Vaccination United Provinces of Agra and Oudh 1914-1922 - 1914-1922
Year: 1914
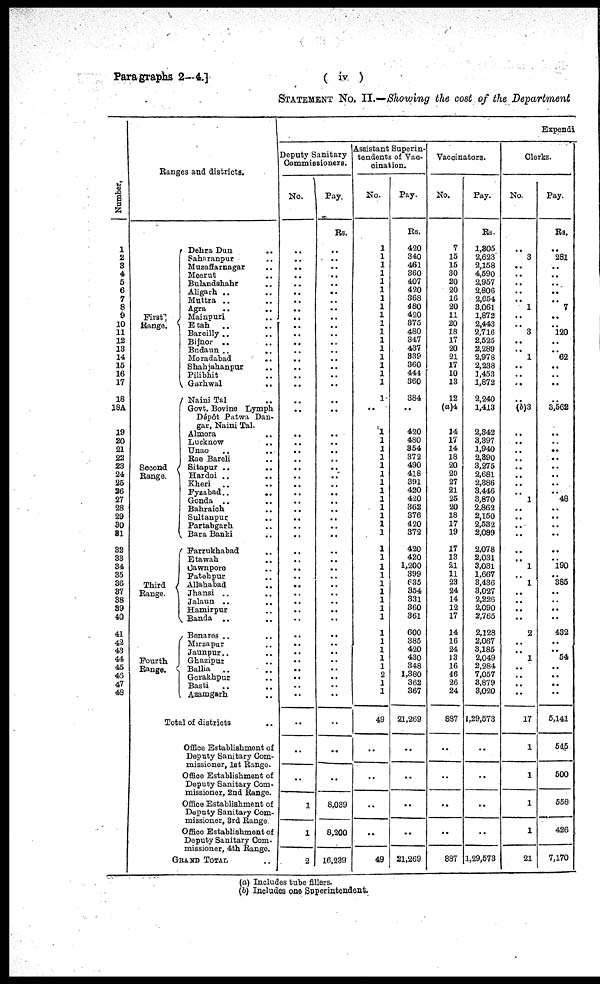
Paragraphs 2—4.]
( iv )
STATEMENT No. II.—Showing the cost of the Department
Number.
1
2
3
4
5
6
7
8
9
10
11
12
13
14
15
16
17
18
18A
19
20
21
22
23
24
25
26
27
28
29
30
31
32
33
34
35
36
37
38
39
40
41
42
43
44
45
45
47
48
Ranges and districts.
First
Range.
Second
Range.
Third
Range.
Fourth
Range.
Dehra Dun ..
Saharanpur ..
Muzaffarnagar ..
Meerut ..
Bulandshahr ..
Aligarh .. ..
Muttra .. ..
Agra
..
..
Mainpuri ..
Etah .. ..
Bareilly .. ..
Bijnor .. ..
Budaun .. ..
Moradabad
..
Shahjahanpur ..
Pilibhit ..
Garhwal ..
Naini Tal ..
Govt. Bovine Lymph
Dépôt Patwa Dan-
gar, Naini Tal.
Almora ..
Lucknow ..
Unao .. ..
Rae Bareli ..
Sitapur .. ..
Hardoi .. ..
Kheri
..
..
Fyzabad .. ..
Gonda .. ..
Bahraich .. ..
Sultanpur .. ..
Partabgarh .. ..
Bara Banki ..
Farrukhabad ..
Etawah ..
Cawnpore ..
Fatehpur ..
Allahabad ..
Jhansi .. ..
Jalaun .. ..
Hamirpur ..
Banda .. ..
Benares
..
..
Mirzapur .. ..
Jaunpur .. ..
Ghazipur .. ..
Ballia
..
..
Gorakhpur ..
Basti .. ..
Azamgarh .. ..
Total of districts ..
Office Establishment of
Deputy Sanitary Com-
missioner, 1st Range.
Office Establishment of
Deputy Sanitary Com-
missioner, 2nd Range.
Office Establishment of
Deputy Sanitary Com-
missioner, 3rd Range
Office Establishment of
Deputy Sanitary Com-
missioner, 4th Range.
GRAND TOTAL ..
Expendi
Deputy Sanitary
Commissioners.
No.
..
..
..
..
..
..
..
..
..
..
..
..
..
..
..
..
..
..
..
..
..
..
..
..
..
..
..
..
..
..
..
..
..
..
..
..
..
..
..
..
..
..
..
..
..
..
..
..
..
..
..
..
1
1
2
Pay.
Rs.
..
..
..
..
..
..
..
..
..
..
..
..
..
..
..
..
..
..
..
..
..
..
..
..
..
..
..
..
..
..
..
..
..
..
..
..
..
..
..
..
..
..
..
..
..
..
..
..
..
..
..
..
8,039
8,200
16,239
Assistant Superin-
tendents of Vac-
cination.
No.
1
1
1
1
1
1
1
1
1
1
1
1
1
1
1
1
1
1
..
1
1
1
1
1
1
1
1
1
1
1
1
1
1
1
1
1
1
1
1
1
1
1
1
1
1
1
2
1
1
49
..
..
..
..
49
Pay.
Rs.
420
340
461
360
407
420
368
480
420
375
480
347
437
339
360
444
360
384
..
420
480
354
372
490
418
391
420
420
362
376
420
372
420
420
1,200
399
635
354
331
360
361
600
385
420
430
348
1,380
362
367
21,269
..
..
..
..
21,269
Vaccinators.
No.
7
15
15
30
20
20
16
20
11
20
18
17
20
21
17
10
13
12
(a)4
14
17
14
18
20
20
27
21
25
20
18
17
19
17
13
21
11
23
24
14
12
17
14
16
24
13
16
46
26
24
887
..
..
..
..
887
Pay.
Rs.
1,305
2,623
2,158
4,590
2,957
2,806
2,654
3,061
1,872
2,443
2,716
2,525
2,289
2,978
2,238
1,453
1,872
2,240
1,413
2,342
3,897
1,940
2,390
3,275
2,681
2,386
3,446
3,870
2,862
2,150
2,532
2,089
2,078
2,031
3,031
1,667
3,436
3,027
2,226
2,090
2,765
2,128
2,067
3,185
2,049
2,284
7,057
3,879
3,020
1,29,573
..
..
..
..
1,29,573
Clerks.
No.
..
3
..
..
..
..
..
1
..
..
3
..
..
1
..
..
..
..
(b)3
..
..
..
..
..
..
..
..
1
..
..
..
..
..
..
1
..
1
..
..
..
..
2
..
.. 1
..
..
..
..
17
1
1
1
1
21
Pay.
Rs.
..
281
..
..
..
..
..
7
..
..
120
..
..
62
..
..
..
..
3,562
..
..
..
..
..
..
..
..
48
..
..
..
..
..
..
190
..
385
..
..
..
..
432
..
.. 54
..
..
..
..
5,141
545
500
558
426
7,170
(a) Includes tube fillers.
(b) Includes one Superintendent.